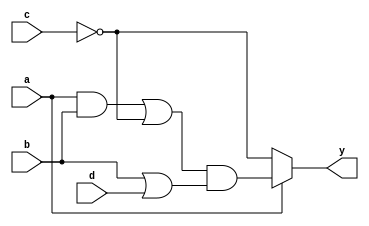
module MultiLevelSimplification (
    input wire a,
    input wire b,
    input wire c,
    input wire d,
    output wire y
);

    // Intermediate signals for logic decomposition and simplification
    wire ab_and;        // AND gate result for a and b
    wire c_not;        // NOT gate result for c
    wire bd_or;        // OR gate result for b and d
    wire interm1;      // Intermediate result after first level
    wire interm2;      // Intermediate result after second level
    wire mux_out;      // Output from multiplexer

    // Level 1: Basic logic gates
    assign ab_and = a & b;            // AND operation
    assign c_not = ~c;                 // NOT operation
    assign bd_or = b | d;             // OR operation

    // Level 2: Intermediate logic combination
    assign interm1 = ab_and | c_not;  // Combine AND and NOT results
    assign interm2 = interm1 & bd_or;  // Combine previous result with OR

    // Multiplexer to select final output based on condition
    assign mux_out = (a) ? interm2 : c_not; // If 'a' is true, select interm2 else c_not

    // Final output logic
    assign y = mux_out; // Output of the multiplexer

endmodule